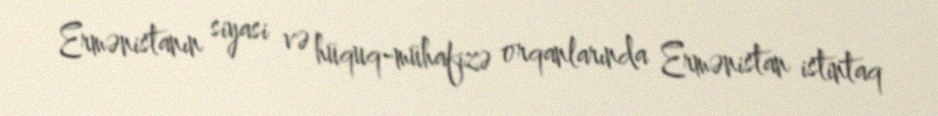
Ermənistanın siyasi və hüquq-mühafizə orqanlarında Ermənistan istintaq